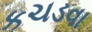
કચડવા